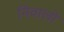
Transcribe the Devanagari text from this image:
निवालो